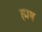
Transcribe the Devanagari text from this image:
ह्मष